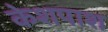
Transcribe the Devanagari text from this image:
केशपाश